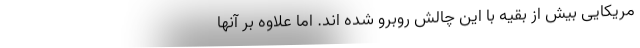
مریکایی بیش از بقیه با این چالش روبرو شده اند. اما علاوه بر آنها